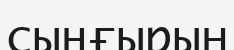
сыңғырын